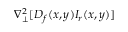
\nabla _ { \perp } ^ { 2 } [ D _ { f } ( x , y ) I _ { r } ( x , y ) ]